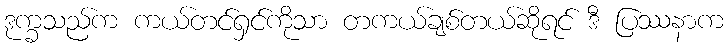
ဒုက္ခသည်က ကယ်တင်ရှင်ကိုသာ တကယ်ချစ်တယ်ဆိုရင် ဒီ ပြဿနာက